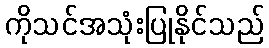
ကိုသင်အသုံးပြုနိုင်သည်